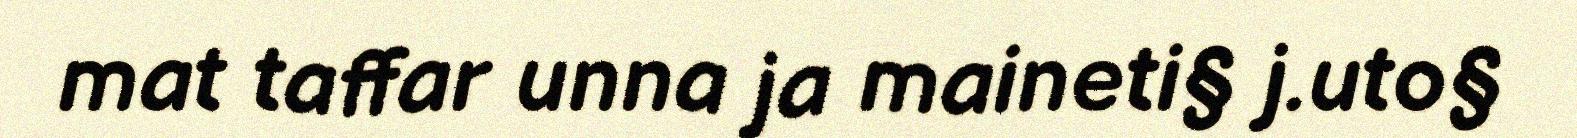
mat taffar unna ja maineti§ j.uto§